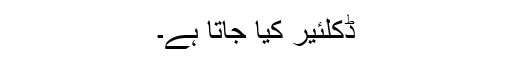
ڈکلئیر کیا جاتا ہے۔